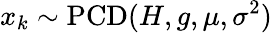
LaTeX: x_{k}\sim\operatorname{PCD}(H,g,\mu,\sigma^{2})